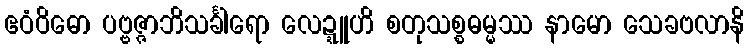
ဧဝံဝိဓော ပဗ္ဗဇ္ဇာဘိသင်္ခါရော လေဍ္ဍူဟိ စတုသစ္စဓမ္မဿ နာမော သေခဗလာနိ